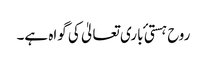
روح ہستی ٔ باری تعالیٰ کی گواہ ہے۔